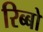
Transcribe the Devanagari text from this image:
रिब्बो